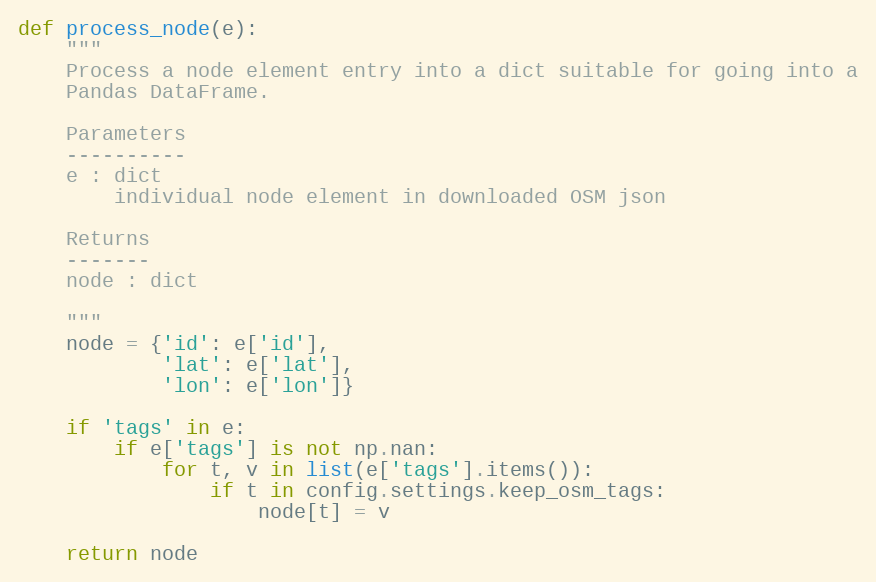
Language: Python
def process_node(e):
    """
    Process a node element entry into a dict suitable for going into a
    Pandas DataFrame.

    Parameters
    ----------
    e : dict
        individual node element in downloaded OSM json

    Returns
    -------
    node : dict

    """
    node = {'id': e['id'],
            'lat': e['lat'],
            'lon': e['lon']}

    if 'tags' in e:
        if e['tags'] is not np.nan:
            for t, v in list(e['tags'].items()):
                if t in config.settings.keep_osm_tags:
                    node[t] = v

    return node